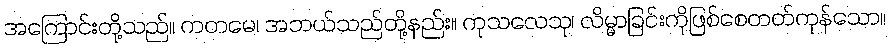
အကြောင်းတို့သည်။ ကတမေ၊ အဘယ်သည်တို့နည်း။ ကုသလေသု၊ လိမ္မာခြင်းကိုဖြစ်စေတတ်ကုန်သော။